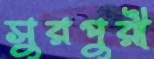
সুরপুরী